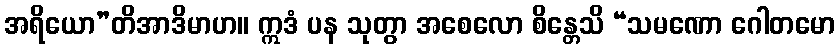
အရိယော”တိအာဒိမာဟ။ ဣဒံ ပန သုတွာ အစေလော စိန္တေသိ “သမဏော ဂေါတမော